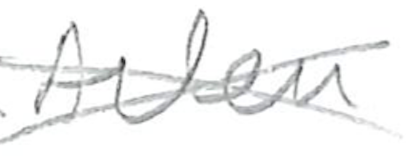
Text: Arlen
Cross-out: cross
Writing tool: pencil